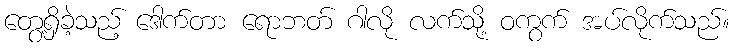
တွေ့ရှိခဲ့သည့် ဒေါက်တာ ရောဘတ် ဂါလို လက်သို့ ဝကွက် အပ်လိုက်သည်။